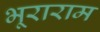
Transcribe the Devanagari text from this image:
भूराराम